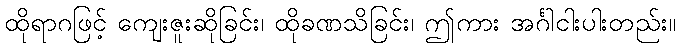
ထိုရာဂဖြင့် ကျေးဇူးဆိုခြင်း၊ ထိုခဏသိခြင်း၊ ဤကား အင်္ဂါငါးပါးတည်း။